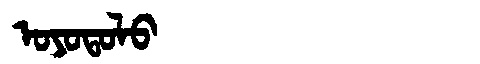
Manchu: ᠣᠶᠣᡨᠣᠯᠣ
Romanization: OYOTOLO